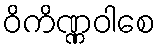
ဝိကိဏ္ဏဝါစေ